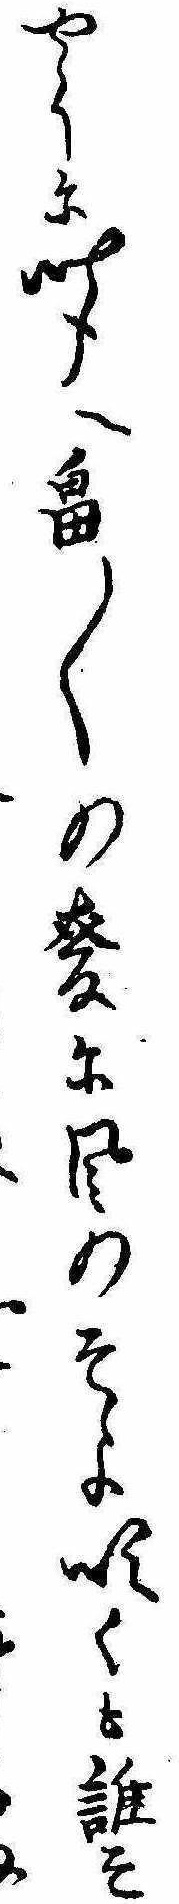
やうに聞へ畠〱の麦に風のそよ吹くも誰そ